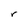
Character: r